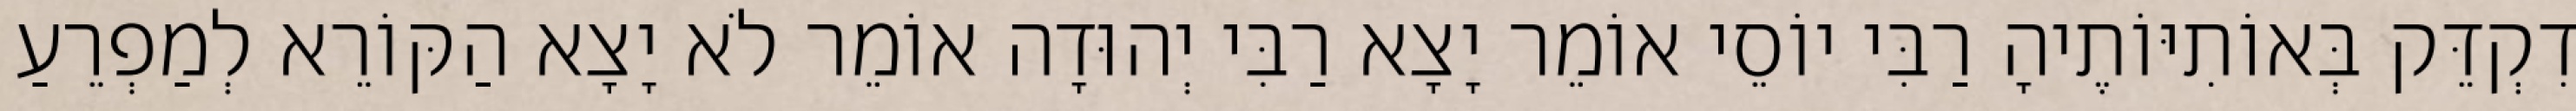
דִקְדֵּק בְּאוֹתִיּוֹתֶיהָ רַבִּי יוֹסֵי אוֹמֵר יָצָא רַבִּי יְהוּדָה אוֹמֵר לֹא יָצָא הַקּוֹרֵא לְמַפְרֵעַ